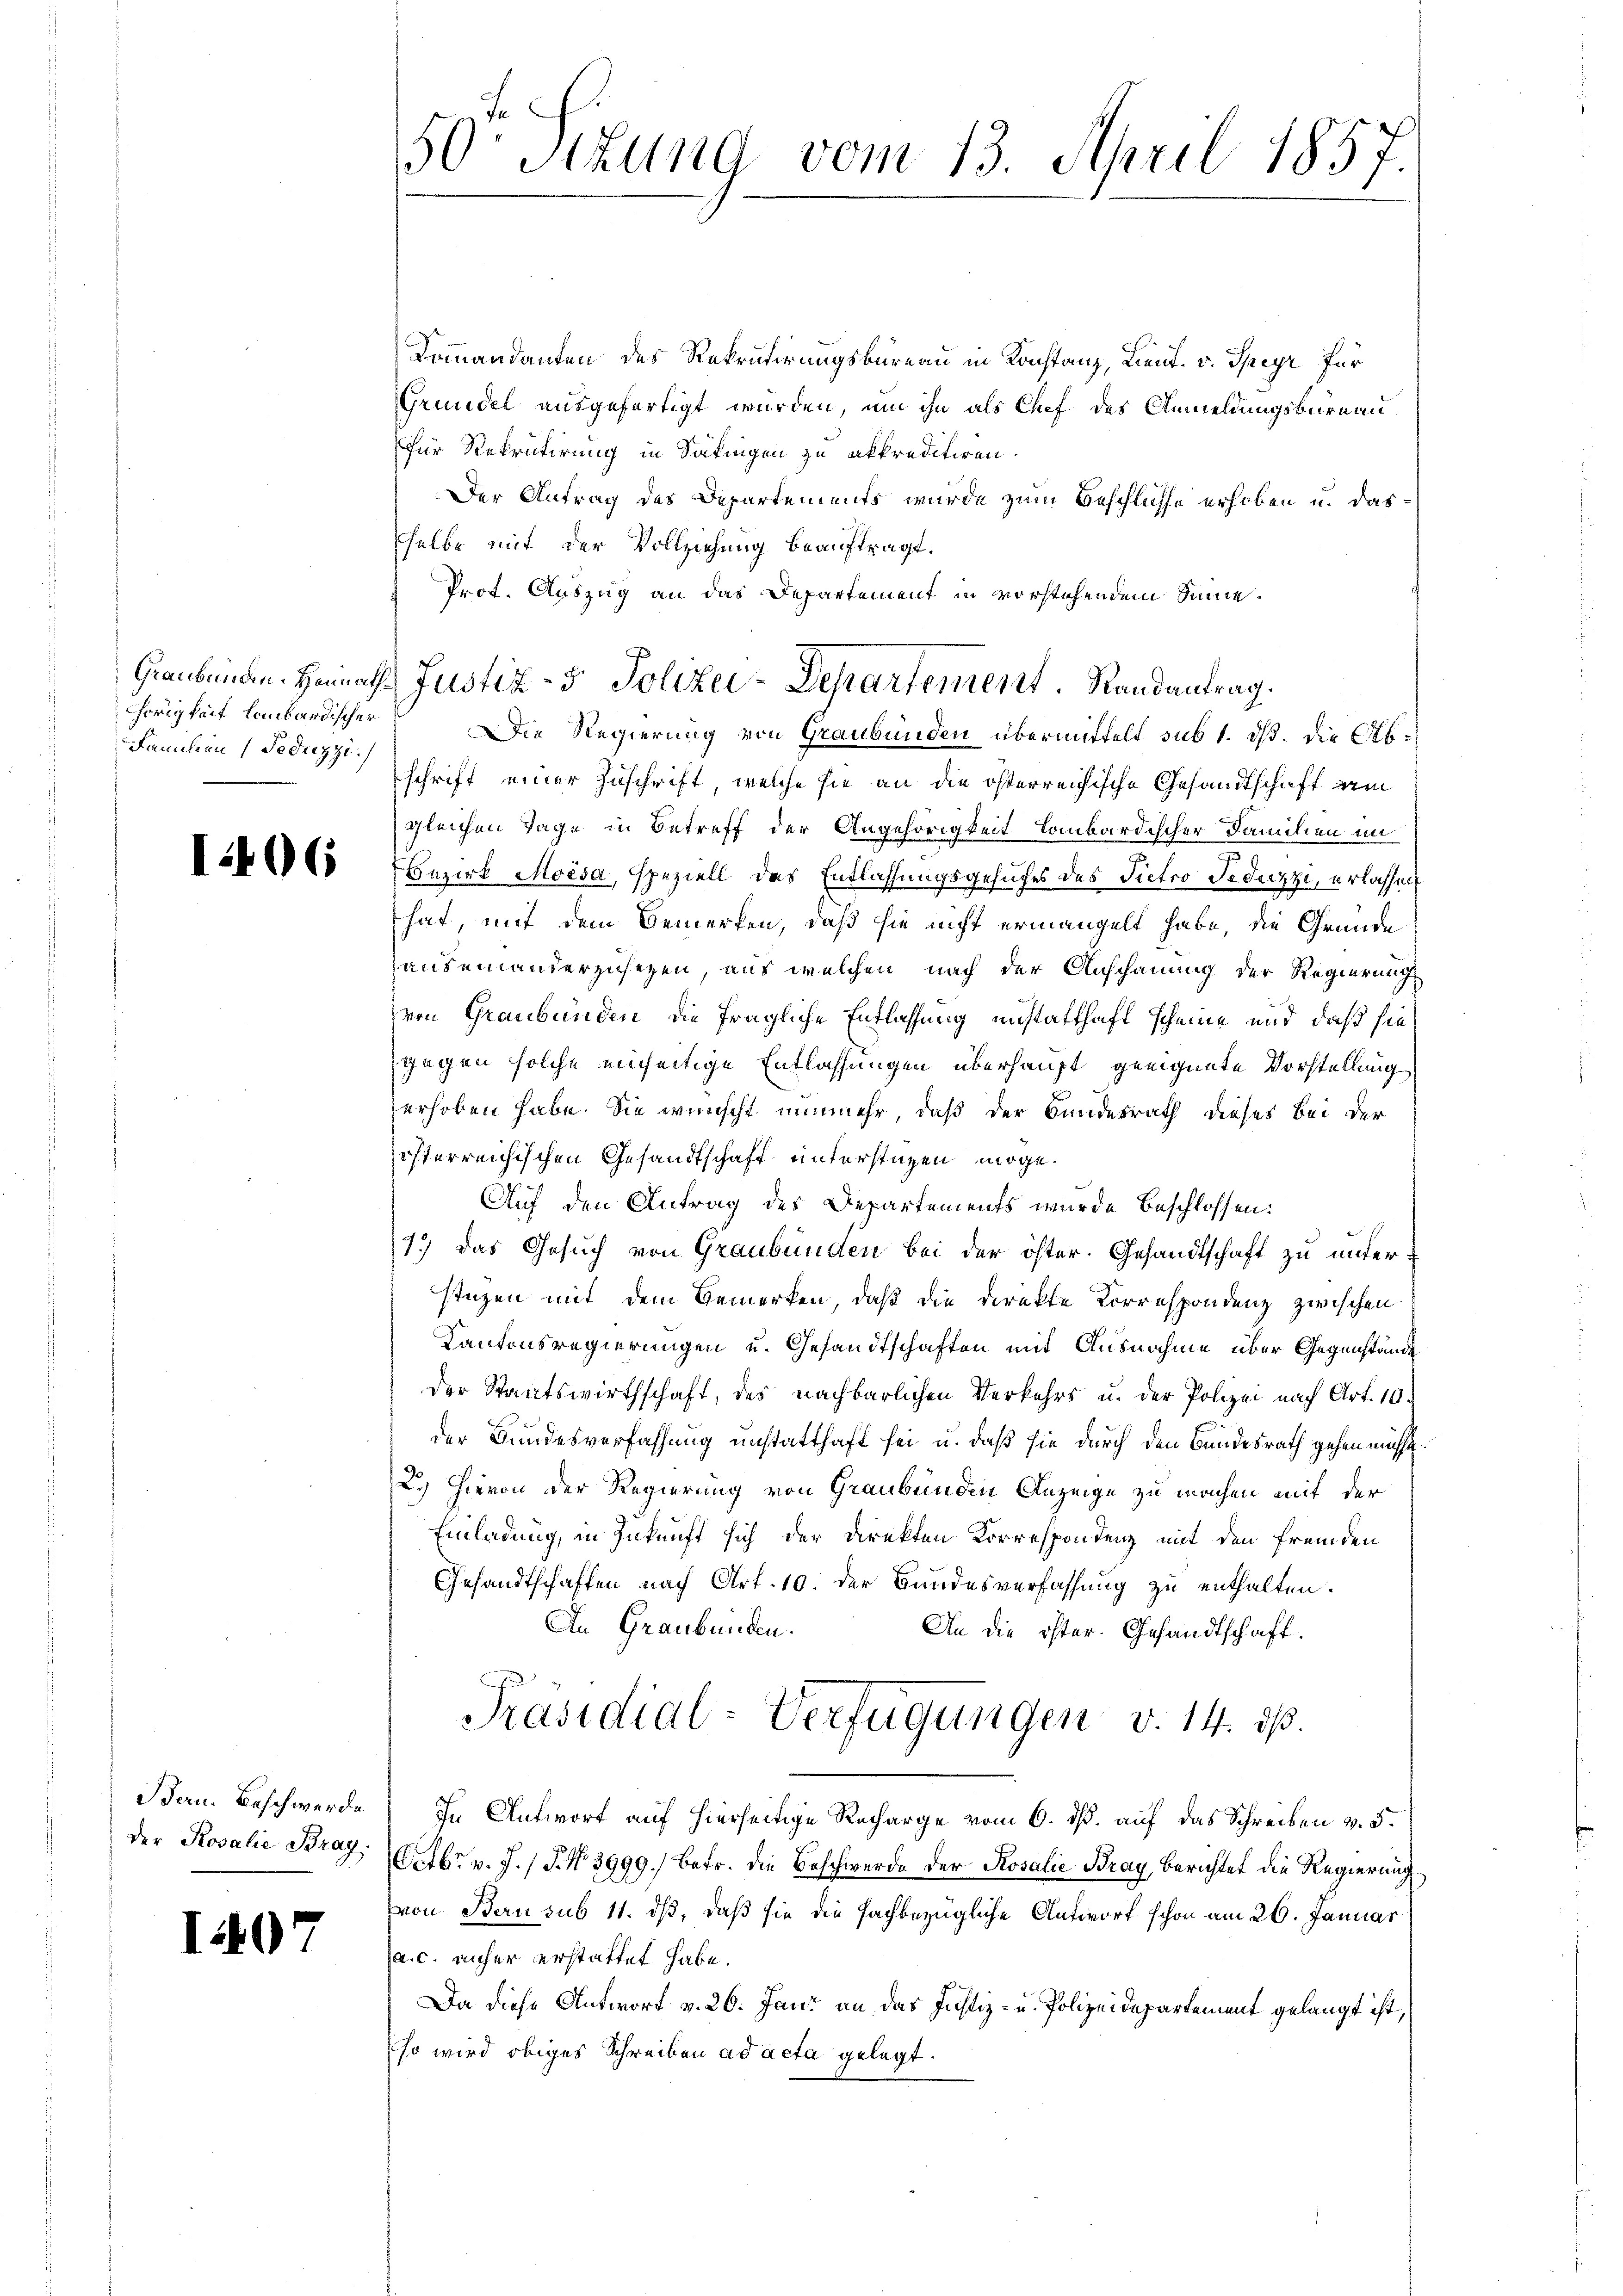
Chörigkeit lombardischer
Familien (Feduzzi.)

Kommandanten des Rekrutirungskureau in Konstanz, Lieut. v. Speyer für
Grundel ausgefertigt wurden, um ihn als Chef des Anmeldungsbureau
für Rekrutirung in Satingen zu akkreditiren.
Der Antrag des Departements wurde zum Beschlusse erhoben u. das-
selbe mit der Vollziehung beauftragt.
Prot. Auszug an das Departement in vorstehendem Sinneschrift einer Zuschrift, welche sie an die österreichische Gesandtschaft dem
gleichen Tage in Betreff der Angehörigkeit lombardischer Familien im
ift des Bezirk Moisa, speziell des Entlassungsgesuches des Pietro Feduzzi, erlassen
hat, mit dem Bemerken, daß sie nicht ermangelt habe, die Gründe
auseinanderzusehen, aus welchen nach der Anschauung der Regierung
von Graubünden die fragliche Entlassung unstatthaft scheine und daß sie
gegen solche einseitige Entlassungen überhaupt geeignete Vorstellung
erhoben habe. Sie wünscht nunmehr, daß der Bundesrath dieses bei der
isterreichischen Gesandtschaft unterstüzen möge.
Auf den Antrag des Departements wurde beschlossen:
1.) Das Gesuch von Graubünden bei der öster. Gesandtschaft zu unter
stüzen mit dem Bemerken, daß die Direkte Korrespondenz zwischen
Kantonsregierungen u. Gesandtschaften mit Ausnahme über Gegenstände
der Staatswirthschaft, des nachbarlichen Verkehrs u. der Polizei nach Art. 10.
der Bundesverfassung unstatthaft sei u. daß sie durch den Bundesrath gehen müsse
2.) Hievon der Regierung von Graubünden Anzeige zu machen mit der
Einladung, in Zukunft sich der Direkten Korrespondenz mit den fremden
Gesandtschaften nach Art. 10. der Bundesverfassung zu enthalten.
An Graubünden.
An die öster. Gesandtschaft.
Präsidial-Verfügungen v. 14. ds.
Bern. Beschwerde. In Antwort auf hierseitige Recharge vom 6. ds. auf das Schreiben v. 5.
Octbr. v. J. / 5. No 3999.) Betr. die Beschwerde der Rosalie Bray, Berichtet die Regierung
von Bern sub 11. ds, daß sie die Fachbezügliche Antwort schon am 26. Januar
a. c. unser erstattet habe.
Da diese Antwort v. 26. Jani an das Justiz- u. Polizeidepartement gelangt ist,
so wird obiges Schreiben ad acta gelegt.

Der Rosalie Brag.

I407

50 Sitzung vom 13. April 1857.

Graubünden. Heimath Justiz- & Polizei-Departement. Randantrag.
Die Regierung von Graubünden übermittelt sub 1. ds. die Ab¬